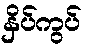
နှိပ်ကွပ်